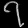
Digit: ၇